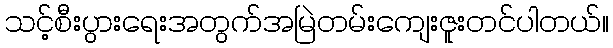
သင့်စီးပွားရေးအတွက်အမြဲတမ်းကျေးဇူးတင်ပါတယ်။